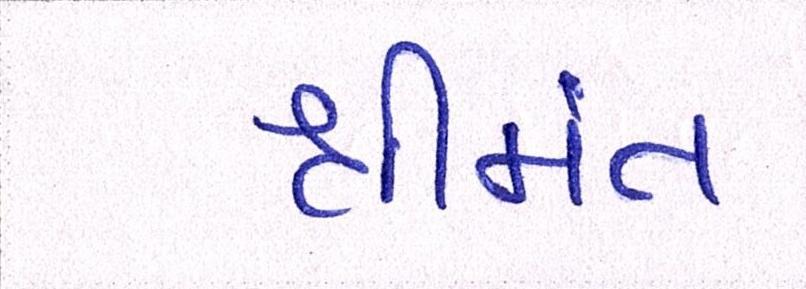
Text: શ્રીમંત